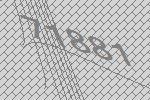
71881